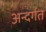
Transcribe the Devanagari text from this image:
अन्दर्गत